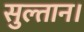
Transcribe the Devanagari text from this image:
सुल्तान।